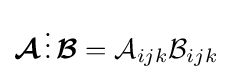
{\boldsymbol {\mathcal {A}}}\,{\boldsymbol {\scriptstyle {\vdots }}}\,{\boldsymbol {\mathcal {B}}}={\mathcal {A}}_{ijk}{\mathcal {B}}_{ijk}